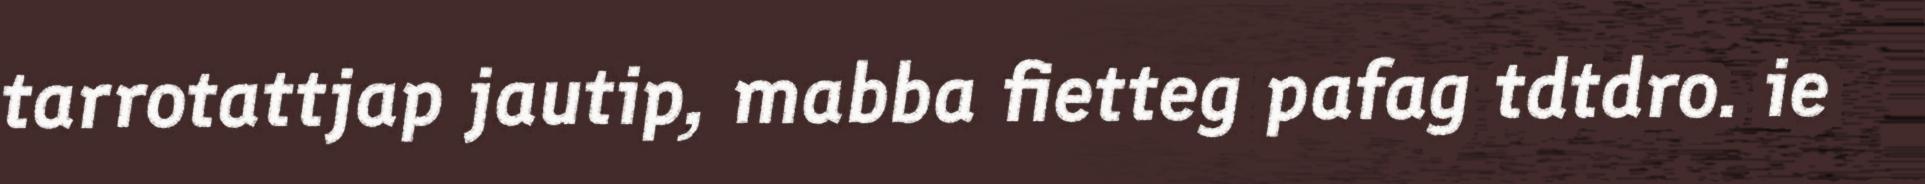
tarrotattjap jautip, mabba fietteg pafag tdtdro. ie